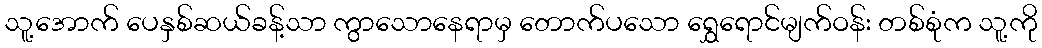
သူ့အောက် ပေနှစ်ဆယ်ခန့်သာ ကွာသောနေရာမှ တောက်ပသော ရွှေရောင်မျက်ဝန်း တစ်စုံက သူ့ကို